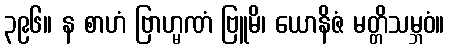
၃၉၆။ န စာဟံ ဗြာဟ္မဏံ ဗြူမိ၊ ယောနိဇံ မတ္တိသမ္ဘဝံ။